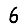
Digit: 6